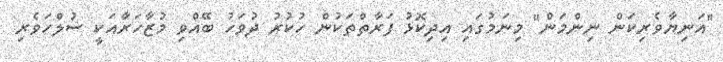
"އަނިޔާވެރިކަން ނިންމަން" މިނަމުގައި އިދިކޮޅު ފަރާތްތަކުން ހުކުރު ދުވަހު ބޭއްވި މުޒާހަރާއަކީ ސުލްހަވެރި